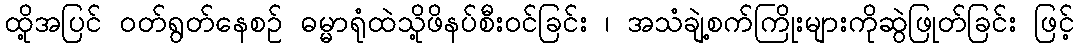
ထို့အပြင် ဝတ်ရွတ်နေစဉ် ဓမ္မာရုံထဲသို့ဖိနပ်စီးဝင်ခြင်း ၊ အသံချဲ့စက်ကြိုးများကိုဆွဲဖြုတ်ခြင်း ဖြင့်